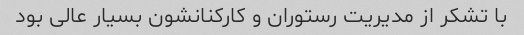
با تشکر از مدیریت رستوران و کارکنانشون بسیار عالی بود